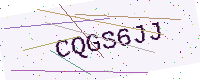
Text: CQGS6JJ